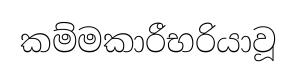
කම්මකාරීභරියාවූ